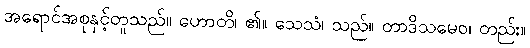
အရောင်အစုနှင့်တူသည်။ ဟောတိ၊ ၏။ သေသံ၊ သည်။ တာဒိသမေဝ၊ တည်း။